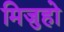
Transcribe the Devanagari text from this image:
मिजुहो